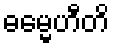
ဓမ္မေဟီတိ